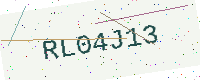
Text: RL04J13